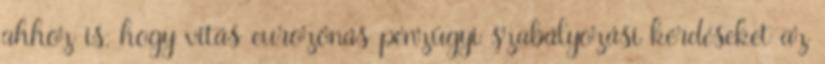
ahhoz is, hogy vitás eurozónás pénzügyi szabályozási kérdéseket az